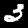
Digit: 3